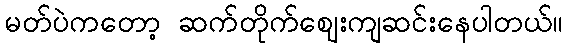
မတ်ပဲကတော့ ဆက်တိုက်ဈေးကျဆင်းနေပါတယ်။